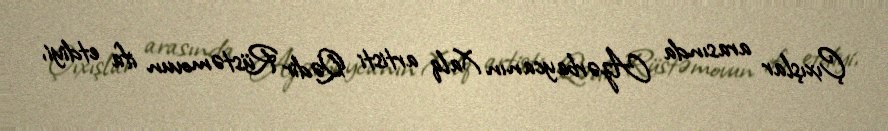
Çıxışlar arasında Azərbaycanın Xalq artisti Qədir Rüstəmovun ifa etdiyi,